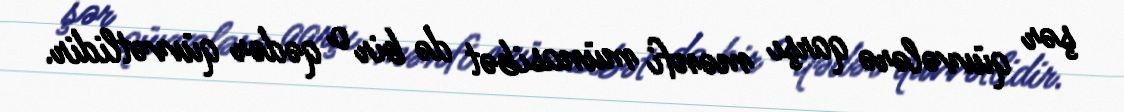
şər qüvvələrə qarşı mənfi münasibət də bir o qədər qüvvətlidir.